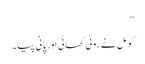
”
کوئل نے روٹی کھائی اور پانی پیا۔